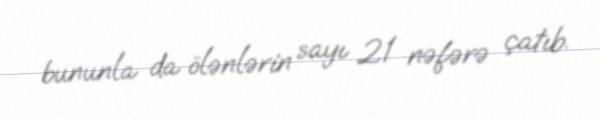
bununla da ölənlərin sayı 21 nəfərə çatıb.